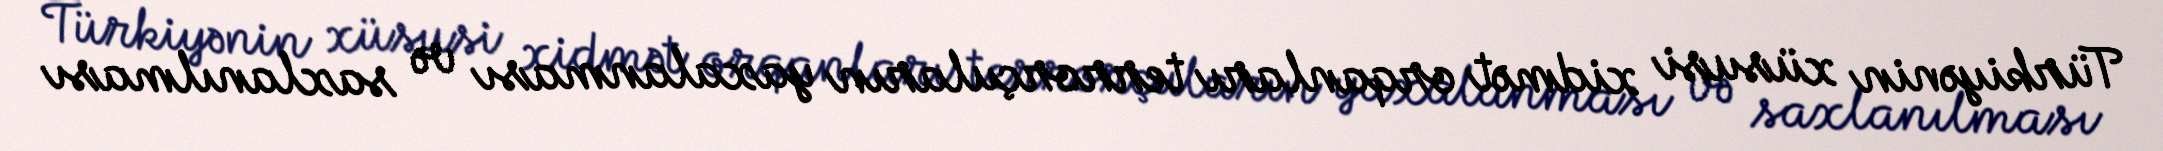
Türkiyənin xüsusi xidmət orqanları terrorçuların yaxalanması və saxlanılması